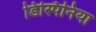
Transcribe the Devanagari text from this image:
डिस्पिनिया